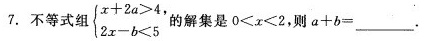
7.不等式组 $$\begin{ cases }